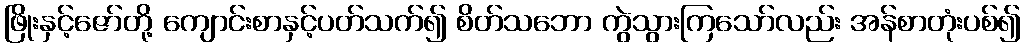
ဖြိုးနှင့်ဇော်တို့ ကျောင်းစာနှင့်ပတ်သက်၍ စိတ်သဘော ကွဲသွားကြသော်လည်း အန်စာတုံးပစ်၍